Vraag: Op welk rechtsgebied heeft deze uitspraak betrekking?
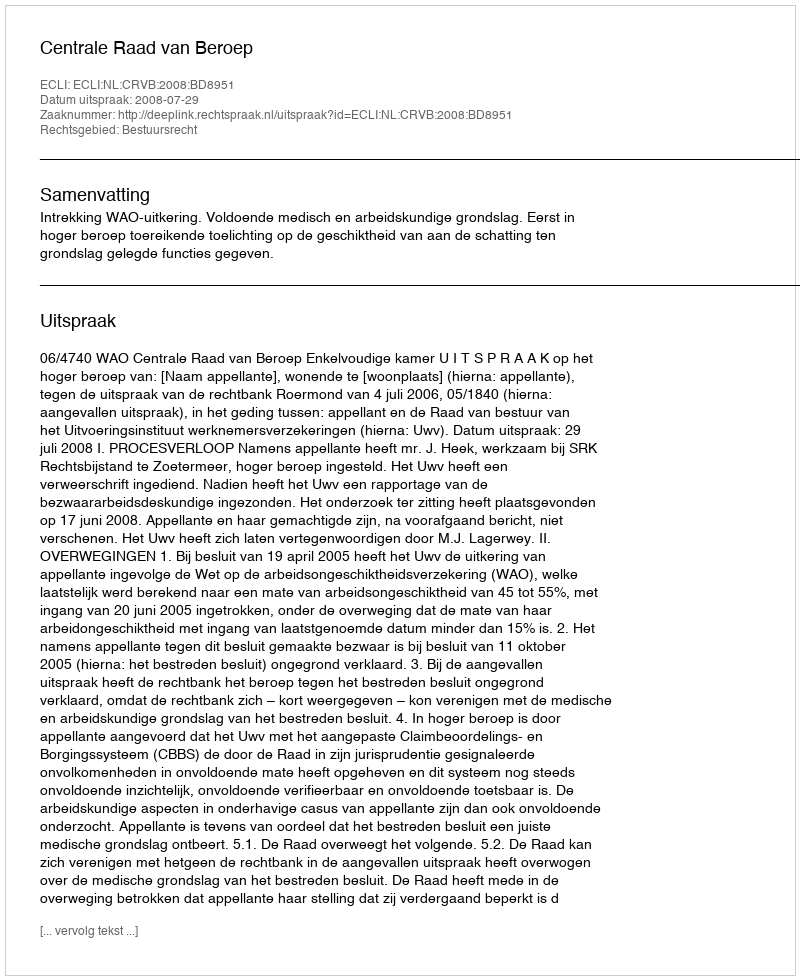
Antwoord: Bestuursrecht